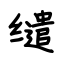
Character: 缱